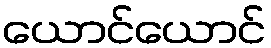
ယောင်ယောင်